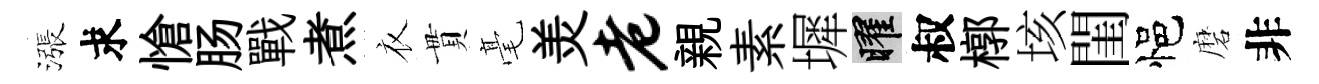
漲求愴肠戰煮衣貫毫羙老親素墀曜叔槨垓閨悒磨非